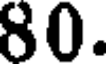
80.